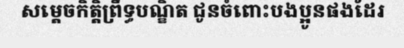
សម្តេចកិត្តិព្រឹទ្ធបណ្ឌិត ជូនចំពោះបងប្អូនផងដែរ